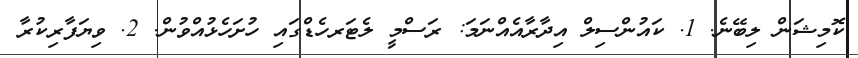
ކޮމިޝަން ލިބޭނެ. 1. ކައުންސިލް އިދާރާއެއްނަމަ: ރަސްމީ ލެޓަރހެޑްގައި ހުށަހެޅުއްވުން. 2. ވިޔަފާރިކުރާ